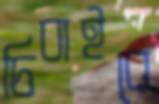
চিবাইবে